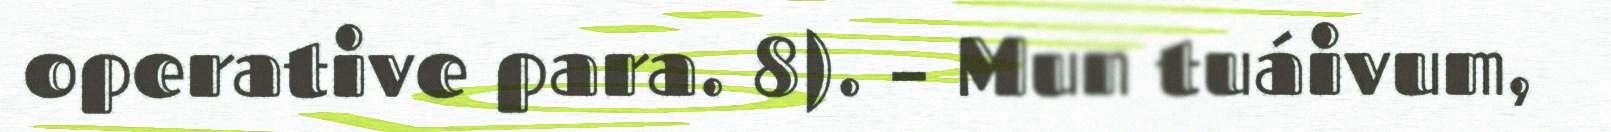
operative para. 8). – Mun tuáivum,